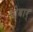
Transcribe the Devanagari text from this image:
पोवार्